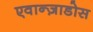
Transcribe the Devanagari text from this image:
एवान्ज़ाडोस